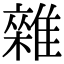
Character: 雜